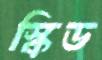
স্কিড